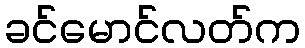
ခင်မောင်လတ်က